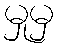
မှုမှ